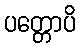
ပတ္တောပိ